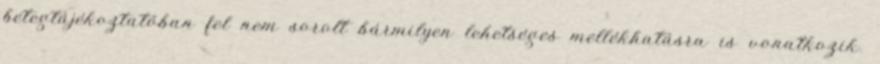
betegtájékoztatóban fel nem sorolt bármilyen lehetséges mellékhatásra is vonatkozik.